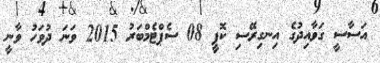
އަސާސީ ގަވާއިދުގެ އިނގިރޭސި ކޮޕީ 08 ސެޕްޓެމްބަރު 2015 ވަނަ ދުވަހު ވާނީ